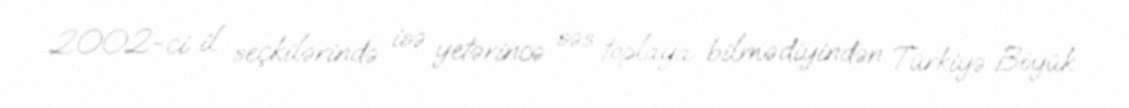
2002-ci il seçkilərində isə yetərincə səs toplaya bilmədiyindən Türkiyə Böyük